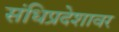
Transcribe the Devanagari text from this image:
संधिप्रदेशावर